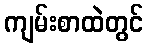
ကျမ်းစာထဲတွင်